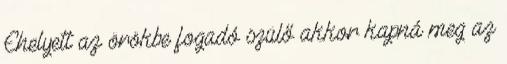
Ehelyett az örökbe fogadó szülő akkor kapná meg az